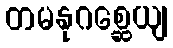
တမနုဂစ္ဆေယျ